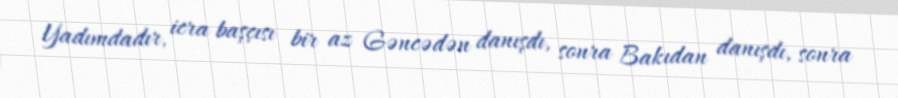
Yadımdadır, icra başçısı bir az Gəncədən danışdı, sonra Bakıdan danışdı, sonra